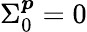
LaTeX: \Sigma_{0}^{\boldsymbol{p}}=0